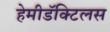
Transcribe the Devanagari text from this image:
हेमीडॅक्टिलस